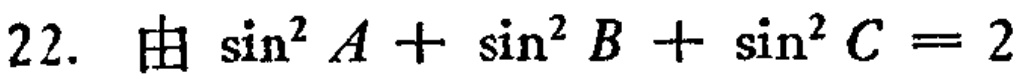
22. 由 $\sin^{2} A+\sin^{2} B+\sin^{2} C = 2$